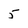
Character: 5